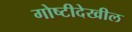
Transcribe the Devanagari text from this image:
गोष्टीदेखील